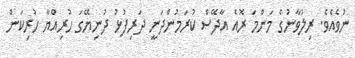
ނުވެއެވެ. ރިލުވާނުގެ މަންމަ ރޮއެ އާދޭސް ކުރަމުންދަނީ ދަރިފުޅު ދުނިޔޭގަ ހުރިއްޔާ ހުރިކަން